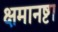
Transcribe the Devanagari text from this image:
क्षमानष्टा